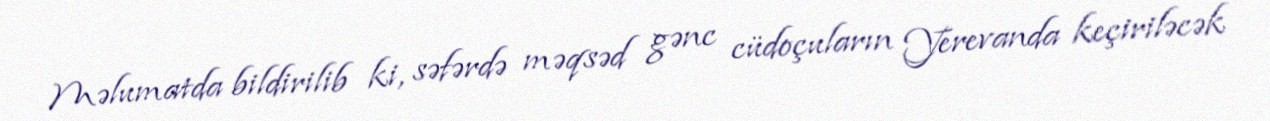
Məlumatda bildirilib ki, səfərdə məqsəd gənc cüdoçuların Yerevanda keçiriləcək